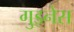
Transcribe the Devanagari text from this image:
गुइनेस